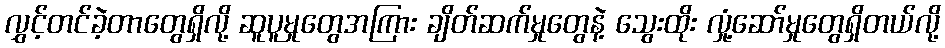
လွှင့်တင်ခဲ့တာတွေရှိလို့ ဆူပူမှုတွေအကြား ချိတ်ဆက်မှုတွေနဲ့ သွေးထိုး လှုံ့ဆော်မှုတွေရှိတယ်လို့